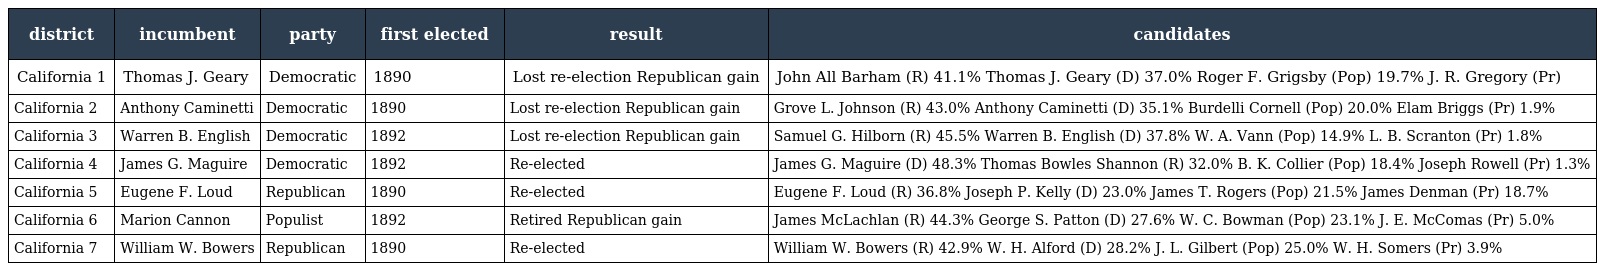
| district | incumbent | party | first elected | result | candidates |
 | --- | --- | --- | --- | --- | --- |
 | California 1 | Thomas J. Geary | Democratic | 1890 | Lost re-election Republican gain | John All Barham (R) 41.1% Thomas J. Geary (D) 37.0% Roger F. Grigsby (Pop) 19.7% J. R. Gregory (Pr) |
 | California 2 | Anthony Caminetti | Democratic | 1890 | Lost re-election Republican gain | Grove L. Johnson (R) 43.0% Anthony Caminetti (D) 35.1% Burdelli Cornell (Pop) 20.0% Elam Briggs (Pr) 1.9% |
 | California 3 | Warren B. English | Democratic | 1892 | Lost re-election Republican gain | Samuel G. Hilborn (R) 45.5% Warren B. English (D) 37.8% W. A. Vann (Pop) 14.9% L. B. Scranton (Pr) 1.8% |
 | California 4 | James G. Maguire | Democratic | 1892 | Re-elected | James G. Maguire (D) 48.3% Thomas Bowles Shannon (R) 32.0% B. K. Collier (Pop) 18.4% Joseph Rowell (Pr) 1.3% |
 | California 5 | Eugene F. Loud | Republican | 1890 | Re-elected | Eugene F. Loud (R) 36.8% Joseph P. Kelly (D) 23.0% James T. Rogers (Pop) 21.5% James Denman (Pr) 18.7% |
 | California 6 | Marion Cannon | Populist | 1892 | Retired Republican gain | James McLachlan (R) 44.3% George S. Patton (D) 27.6% W. C. Bowman (Pop) 23.1% J. E. McComas (Pr) 5.0% |
 | California 7 | William W. Bowers | Republican | 1890 | Re-elected | William W. Bowers (R) 42.9% W. H. Alford (D) 28.2% J. L. Gilbert (Pop) 25.0% W. H. Somers (Pr) 3.9% |